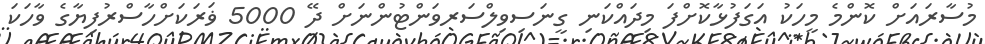
މުސާރައަށް ކޮންމެ މީހަކު އަގަފުޅާކޮށްފަ މިދައްކަނި ގީނަސިވިލްސަރވަންޓުންނަށް ދޭ 5000 ޥަރަކަށްހާސްރުފިޔާގެ ވާހަކަ